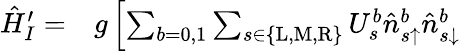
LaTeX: \begin{array}{rl}{\hat{H}_{I}^{\prime}=}&{{}g\left[\sum_{b=0,1}\sum_{s\in\{ \mathrm{L},\mathrm{M},\mathrm{R}\} }U_{s}^{b}\hat{n}_{s\uparrow}^{b}\hat{n}_{s\downarrow}^{b}\right.}\end{array}